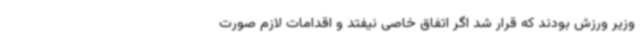
وزیر ورزش بودند که قرار شد اگر اتفاق خاصی نیفتد و اقدامات لازم صورت